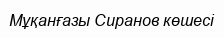
Мұқанғазы Сиранов көшесі